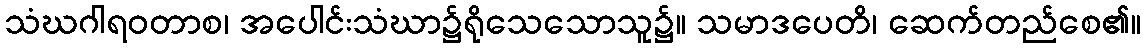
သံဃဂါရဝတာစ၊ အပေါင်းသံဃာ၌ရိုသေသောသူ၌။ သမာဒပေတိ၊ ဆေက်တည်စေ၏။